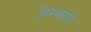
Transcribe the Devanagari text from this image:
हिरवागर्द